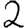
Digit: 2